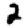
Digit: 2